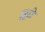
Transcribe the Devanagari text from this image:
झूटो